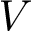
V